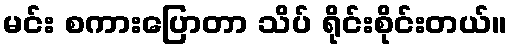
မင်း စကားပြောတာ သိပ် ရိုင်းစိုင်းတယ်။